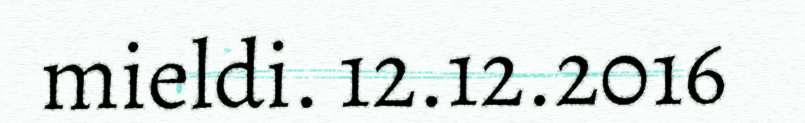
mieldi. 12.12.2016